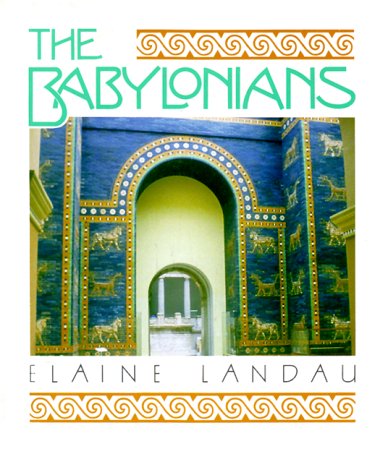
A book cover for The Babylonians (The Cradle of Civilization); Elaine Landau; Children's Books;